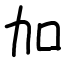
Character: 加